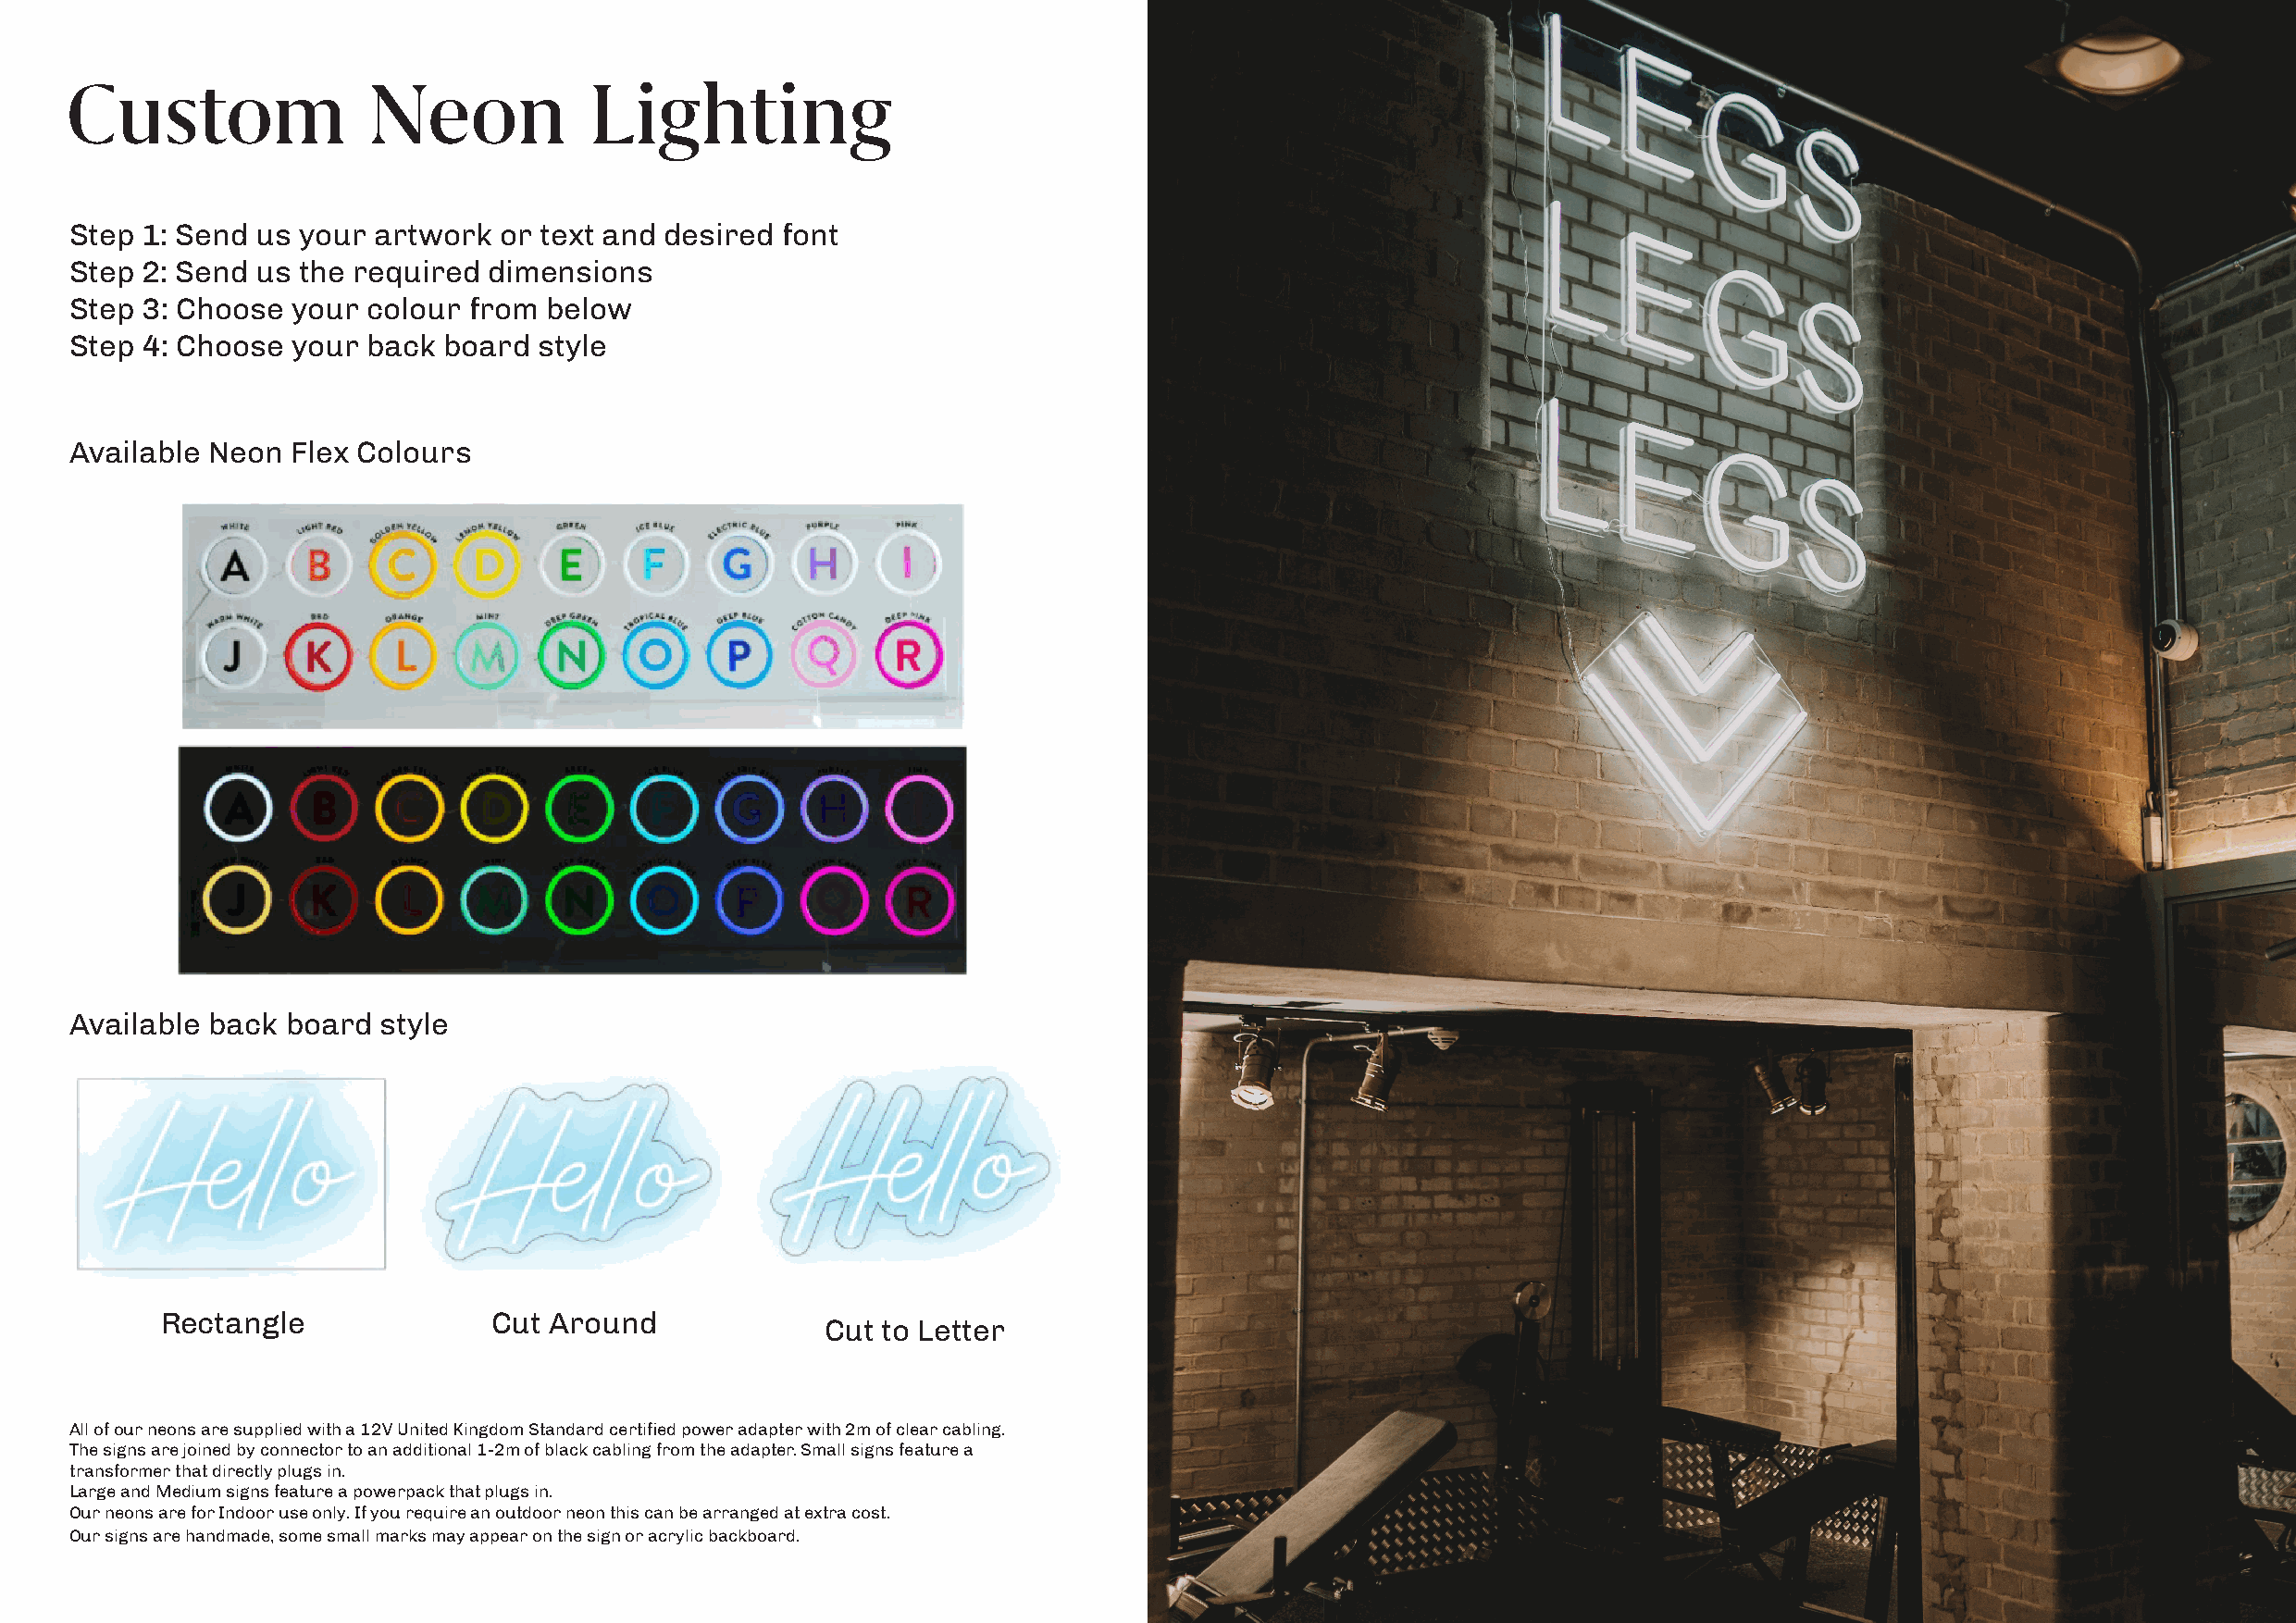
Custom               Neon            Lighting
 Step 1: Send us your  artwork  or text and desired font
 Step 2: Send us the required  dimensions
 Step 3: Choose  your colour  from below
 Step 4: Choose  your back  board style
 Available Neon  Flex Colours
 Available back board  style
 Rectangle               Cut Around
 Cut to Letter
 All of our neons are supplied with a 12V United Kingdom Standard certified power adapter with 2m of clear cabling.
 The signs are joined by connector to an additional 1-2m of black cabling from the adapter. Small signs feature a
 transformer that directly plugs in.
 Large and Medium signs feature a powerpack that plugs in.
 Our neons are for Indoor use only. If you require an outdoor neon this can be arranged at extra cost.
 Our signs are handmade, some small marks may appear on the sign or acrylic backboard.